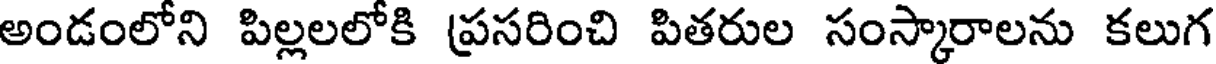
అండంలోని పిల్లలలోకి ప్రసరించి పితరుల సంస్కారాలను కలుగ